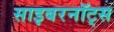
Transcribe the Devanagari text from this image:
साइबरनॉट्स